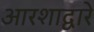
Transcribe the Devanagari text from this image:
आरशाद्वारे